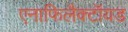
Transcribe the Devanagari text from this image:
एनाफिलैक्टॉयड